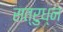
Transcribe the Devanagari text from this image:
सत्रुध्न